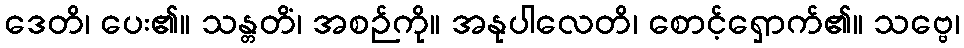
ဒေတိ၊ ပေး၏။ သန္တတိံ၊ အစဉ်ကို။ အနုပါလေတိ၊ စောင့်ရှောက်၏။ သဗ္ဗေ၊